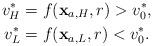
LaTeX: \begin{align*}v_{H}^* & =f(\mathbf{x}_{a,H},r) > v_0^*,\\v_{L}^* & =f(\mathbf{x}_{a,L},r) < v_0^*.\end{align*}